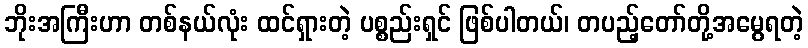
ဘိုးအကြီးဟာ တစ်နယ်လုံး ထင်ရှားတဲ့ ပစ္စည်းရှင် ဖြစ်ပါတယ်၊ တပည့်တော်တို့အမွေရတဲ့